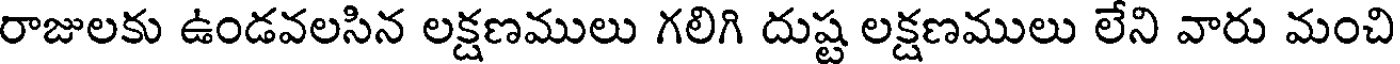
రాజులకు ఉండవలసిన లక్షణములు గలిగి దుష్ట లక్షణములు లేని వారు మంచి